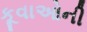
કૂવાઓની